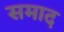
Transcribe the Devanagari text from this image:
समाद